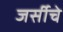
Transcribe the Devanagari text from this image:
जर्सीचे